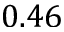
0 . 4 6